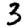
Digit: 3